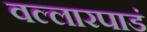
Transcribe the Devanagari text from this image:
वल्लारपाडं